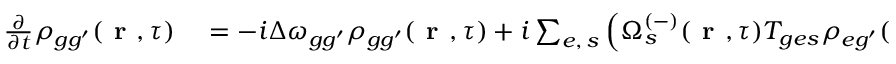
\begin{array} { r l } { \frac { \partial } { \partial t } \rho _ { { g g ^ { \prime } } } ( \textbf { r } , \tau ) } & { { } = - i \Delta \omega _ { { g g ^ { \prime } } } \rho _ { { g g ^ { \prime } } } ( \textbf { r } , \tau ) + i \sum _ { e , \, s } \left( \Omega _ { s } ^ { ( - ) } ( \textbf { r } , \tau ) T _ { { g e } s } \rho _ { { e g ^ { \prime } } } ( \textbf { r } , \tau ) - \Omega _ { s } ^ { ( + ) } ( \textbf { r } , \tau ) \rho _ { { g e } } ( \textbf { r } , \tau ) T _ { { e g ^ { \prime } } s } \right) } \end{array}